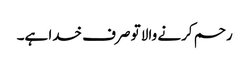
رحم کرنے والا تو صرف خدا ہے۔